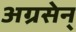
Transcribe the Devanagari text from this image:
अग्रसेन्